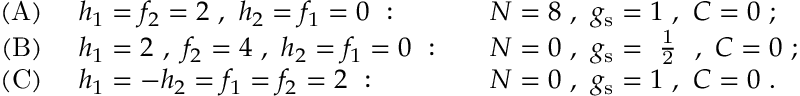
\begin{array} { r l l } { { \mathrm { ( A ) } \ } } & { { h _ { 1 } = f _ { 2 } = 2 \ , \ h _ { 2 } = f _ { 1 } = 0 \ : \quad } } & { { N = 8 \ , \ g _ { \mathrm { s } } = 1 \ , \ C = 0 \ ; \nonumber } } \\ { { \mathrm { ( B ) } \ } } & { { h _ { 1 } = 2 \ , \ f _ { 2 } = 4 \ , \ h _ { 2 } = f _ { 1 } = 0 \ : \quad } } & { { N = 0 \ , \ g _ { \mathrm { s } } = \mathrm { ~ \frac { 1 } { 2 } ~ } \ , \ C = 0 \ ; \nonumber } } \\ { { \mathrm { ( C ) } \ } } & { { h _ { 1 } = - h _ { 2 } = f _ { 1 } = f _ { 2 } = 2 \ : \quad } } & { { N = 0 \ , \ g _ { \mathrm { s } } = 1 \ , \ C = 0 \ . } } \end{array}